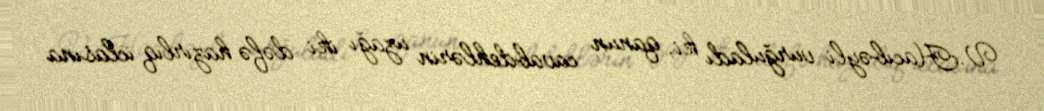
V.Hacıbəyli vurğuladı ki, qanun cavabdehlərin uzağı iki dəfə hazırlıq iclasına